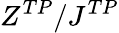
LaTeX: Z^{TP}/J^{TP}